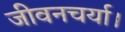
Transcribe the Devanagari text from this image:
जीवनचर्या।